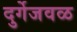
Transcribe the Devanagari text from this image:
दुर्गेजवळ